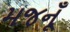
મજનૂઁ